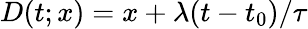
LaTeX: D(t;x)=x+\lambda(t-t_{0})/\tau